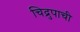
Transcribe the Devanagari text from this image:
चिद्रुपाची